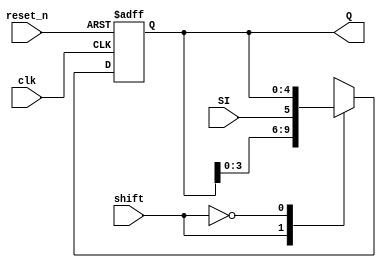
`timescale 1ns / 1ps

module shift_register
    #(parameter N = 5)(
        input clk, reset_n, shift, SI,
        output [N - 1:0] Q
    );
    
    reg [N - 1:0] Q_reg, Q_next;
    
    always @(posedge clk, negedge reset_n)
    begin
        if(~reset_n)
            Q_reg <= 0;
        else
            Q_reg <= Q_next;
    end
    
    //next state logic
    always @(*)
    begin
        case (shift)
            1'b1: Q_next = {Q_reg[N - 2:0], SI};
            1'b0: Q_next = Q_reg;
        endcase
    end
    
    //output logic
    assign Q = Q_reg;
    
endmodule